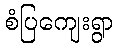
စံပြကျေးရွာ